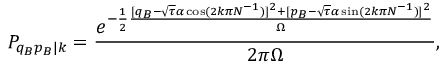
P _ { q _ { B } p _ { B } | k } = \frac { e ^ { - \frac { 1 } { 2 } \frac { [ q _ { B } - \sqrt { \tau } \alpha \cos ( 2 k \pi N ^ { - 1 } ) ] ^ { 2 } + [ p _ { B } - \sqrt { \tau } \alpha \sin ( 2 k \pi N ^ { - 1 } ) ] ^ { 2 } } { \Omega } } } { 2 \pi \Omega } ,